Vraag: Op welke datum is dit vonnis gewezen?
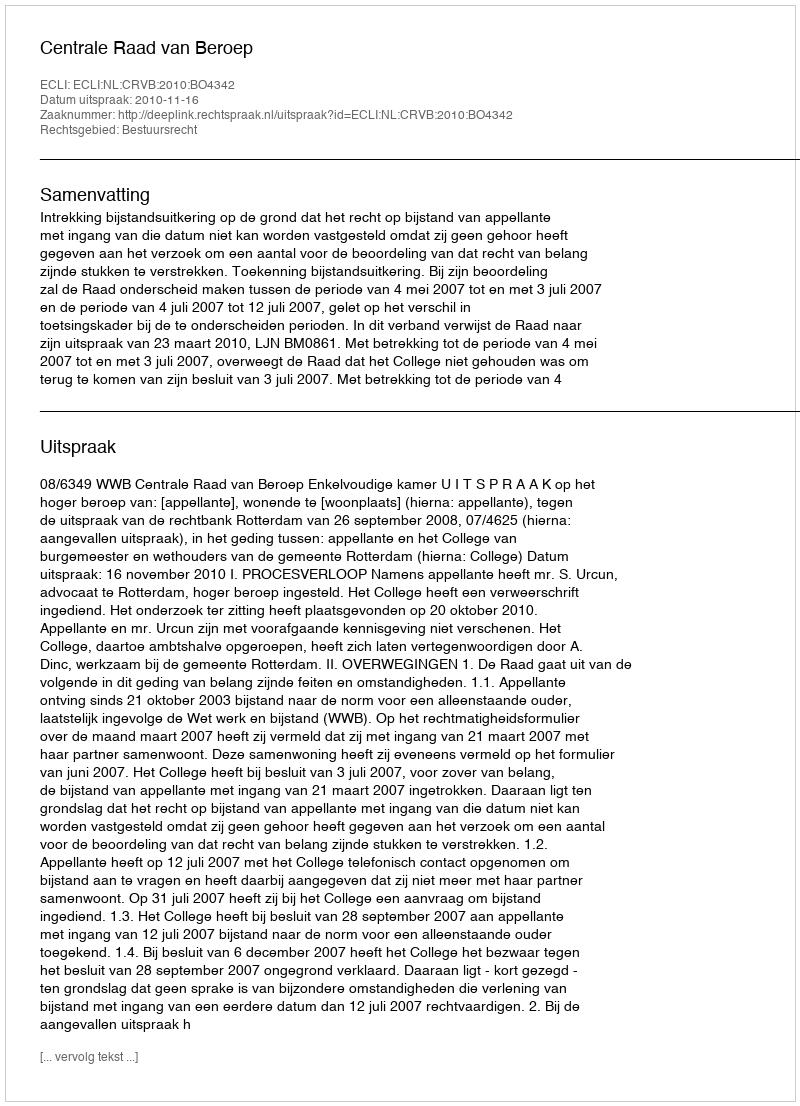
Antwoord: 2010-11-16